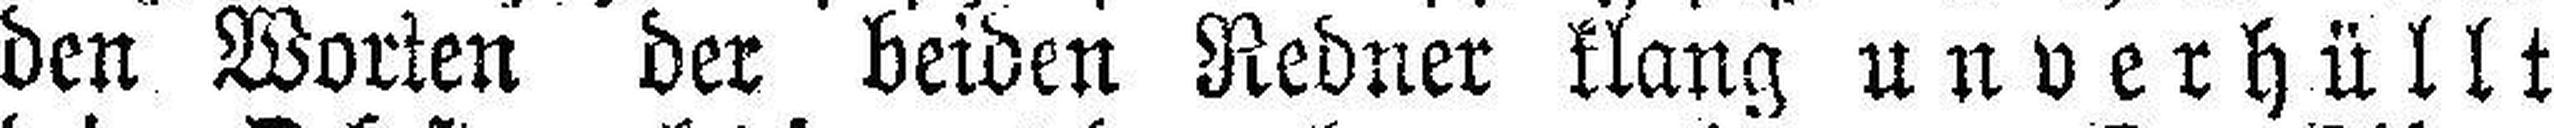
den Worten der beiden Redner klang unverhüllt